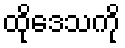
ထိုဒေသကို